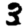
Digit: 3